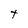
Character: t